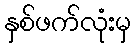
နှစ်ဖက်လုံးမှ